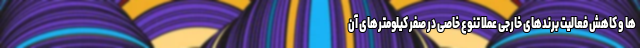
ها و کاهش فعالیت برندهای خارجی عملا تنوع خاصی در صفر کیلومترهای آن